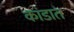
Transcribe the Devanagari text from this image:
कांडात